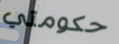
حكومتي